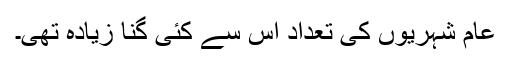
عام شہریوں کی تعداد اس سے کئی گنا زیادہ تھی۔